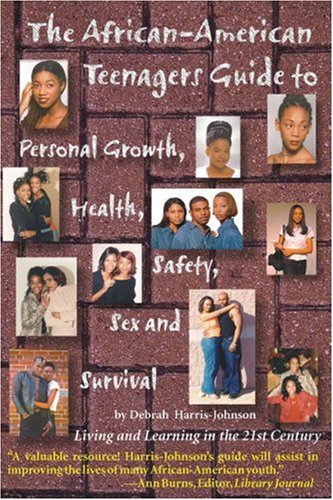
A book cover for The African American Guide to Personal Growth, Health, Safety, Sex and Survival : Living and Learning in the 21st Century; Debrah Harris-Johnson; Teen & Young Adult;